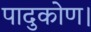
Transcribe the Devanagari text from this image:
पादुकोण।